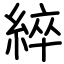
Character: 綷